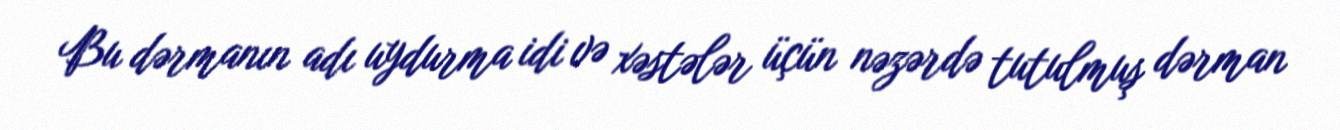
Bu dərmanın adı uydurma idi və xəstələr üçün nəzərdə tutulmuş dərman